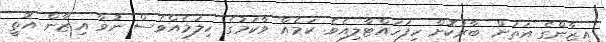
އިޒާންގެ އަތަށް ބާރުކޮށް ހިފަހައްޓާލިއެވެ. ކަމެއް ވާކަމުގެ ހިލަމެއްވެސް ނުވާ އިޒާން އޮތީ